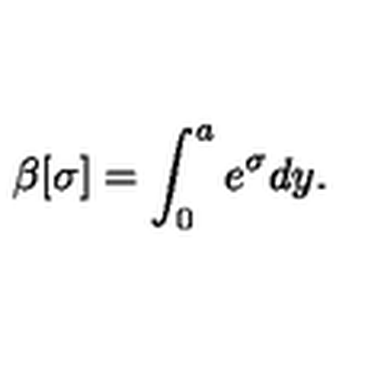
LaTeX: \beta [ \sigma ] = \int _ { 0 } ^ { a } e ^ { \sigma } d y .